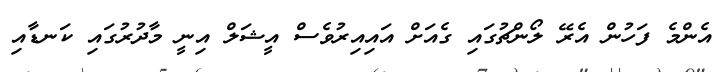
އެންމެ ފަހުން އެރޭ ލޯންޗުގައި ގެއަށް އައިއިރުވެސް އީޝަލް އިނީ މާދުރުގައި ކަނޑާއި